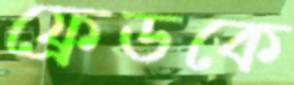
ফ্রেডকে